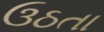
ઉઠતા